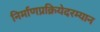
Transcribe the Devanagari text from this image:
निर्माणप्रक्रियेदरम्यान